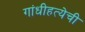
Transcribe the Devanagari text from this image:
गांधीहत्येची